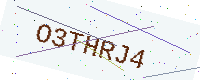
Text: O3THRJ4